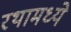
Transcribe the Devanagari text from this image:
रथामध्ये